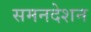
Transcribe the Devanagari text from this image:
समनदेशन